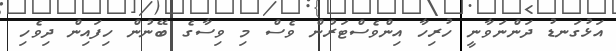
އަޅުގަނޑު ދަންނަވާނީ ހުރިހާ އިންވެސްޓަރުން ވެސް މި ވިސާގެ ބޭނުން ހިފައިން ދިވެހި